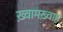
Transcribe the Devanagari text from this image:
ख़्वामख़्वाह